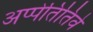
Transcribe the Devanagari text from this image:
अप्पेतितिवे